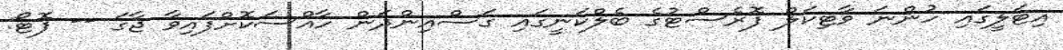
އިޓަލީގައި ހުންނަ ވާޓިކަލް ފޮރެސްޓުގެ ބެލްކަނީގައި ގަސްއިންދަން ހާއްސަކޮށްފައިވާ ޖާގަ -- ފޮޓޯ: